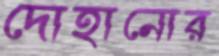
দোহানোর